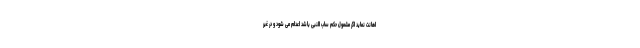
اهانت نماید اگر مشمول حکم‌ ساب ‌النبی باشد اعدام می‌ شود و در غیر